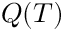
Q ( T )